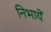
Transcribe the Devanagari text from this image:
निभायें